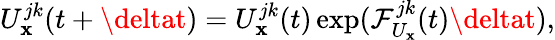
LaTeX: U_{\mathbf{x}}^{jk}(t+\deltat)=U_{\mathbf{x}}^{jk}(t)\exp(\mathcal{{F}}_{U_{\mathbf{x}}}^{jk}(t)\deltat),